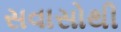
સવાસોથી